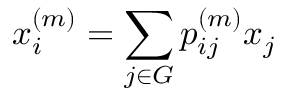
x _ { i } ^ { \left( m \right) } = \sum _ { j \in G } p _ { i j } ^ { \left( m \right) } x _ { j }